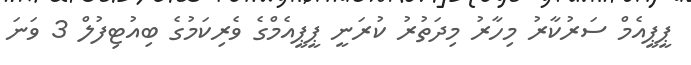
ޕީޕީއެމް ސަރުކާރު މިހާރު މިދަތުރު ކުރަނީ ޕީޕީއެމްގެ ވެރިކަމުގެ ބިއުޓިފުލް 3 ވަނަ